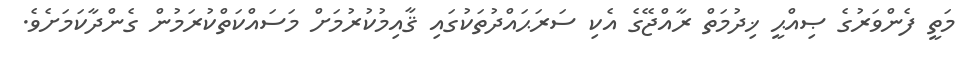
މަތީ ފެންވަރުގެ ޞިއްޙީ ޚިދުމަތް ރާއްޖޭގެ އެކި ސަރަޙައްދުތަކުގައި ޤާއިމުކުރުމަށް މަސައްކަތްކުރަމުން ގެންދާކަމަށެވެ.